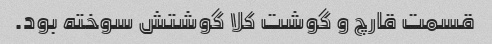
قسمت قارچ و گوشت کلا گوشتش سوخته بود.